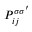
P _ { i j } ^ { \sigma \sigma ^ { \prime } }